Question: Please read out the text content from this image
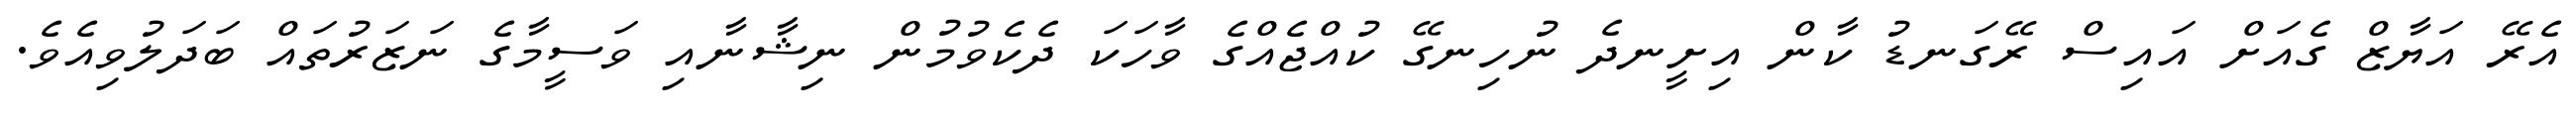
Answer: އެރޭ އަޔާޒް ގެއަށް އައިސް ރޭގަނޑު ކާން އިށީނދެ ނުހިނގޭ ކުއްޖެއްގެ ވާހަކަ ދެކެވުމުން ނިޝާނާއި ވަސީމާގެ ނަޒަރުތައް ބަދަލުވިއެވެ.